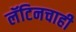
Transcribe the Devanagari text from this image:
लॅटिनचाही